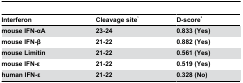
| Interferon | Cleavage site1 | D-score2 |
 | --- | --- | --- |
 | mouse IFN-αA | 23-24 | 0.833 (Yes) |
 | mouse IFN-β | 21-22 | 0.882 (Yes) |
 | mouse Limitin | 21-22 | 0.561 (Yes) |
 | mouse IFN-ε | 21-22 | 0.519 (Yes) |
 | human IFN-ε | 21-22 | 0.328 (No) |